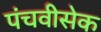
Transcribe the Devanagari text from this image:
पंचवीसेक